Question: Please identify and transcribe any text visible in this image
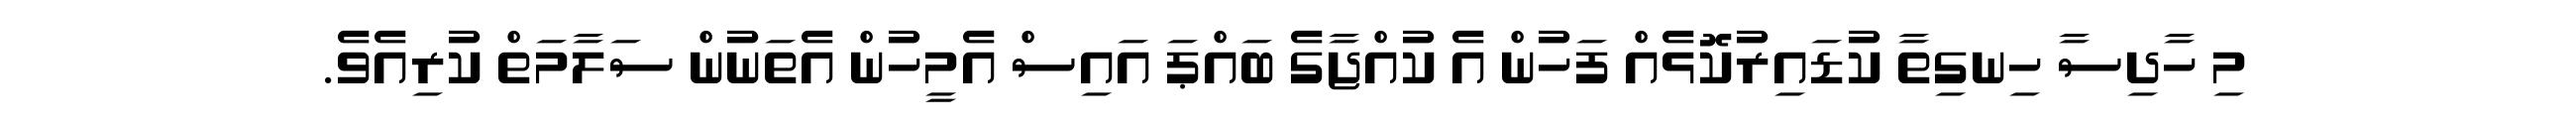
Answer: މި ހާދިސާ ހިނގިތާ ކުޑައިރުކޮޅެއް ފަހުން އެ ކުއްޖާގެ ބައްޕަ އައިސް އެމީހުން އެތަނުން ސަލާމަތް ކުރިއެވެ.